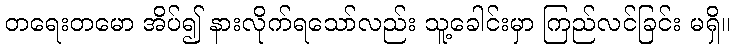
တရေးတမော အိပ်၍ နားလိုက်ရသော်လည်း သူ့ခေါင်းမှာ ကြည်လင်ခြင်း မရှိ။